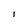
Character: 1